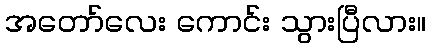
အတော်လေး ကောင်း သွားပြီလား။